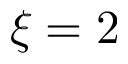
\xi = 2